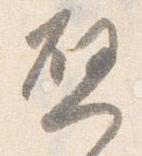
啓